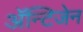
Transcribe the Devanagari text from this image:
अॅन्टिजेन